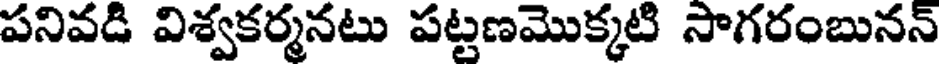
పనివడి విశ్వకర్మనటు పట్టణమొక్కటి సాగరంబునన్